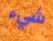
شيء